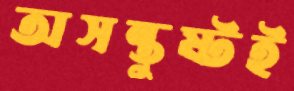
অসন্তুষ্টই